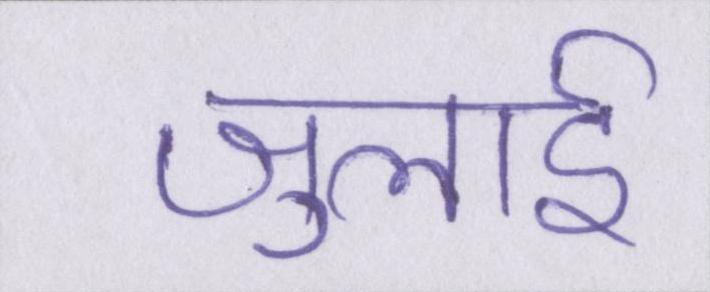
जुलाई